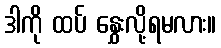
ဒါကို ထပ် နွှေးလို့ရမလား။